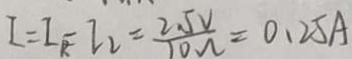
I = I _ { R } = I _ { 2 } = \frac { 2 . 5 V } { 1 0 \Omega } = 0 . 2 5 A